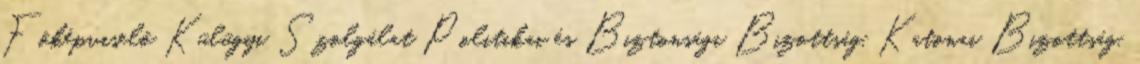
Főképviselő Külügyi Szolgálat Politikai és Biztonsági Bizottság, Katonai Bizottság,